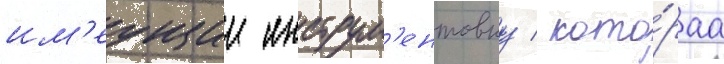
им'еущии инструм'ентовку / кото́раа